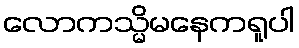
လောကသ္မိမနေကရူပါ